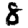
Digit: 8